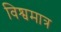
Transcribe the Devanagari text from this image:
विश्वमात्र